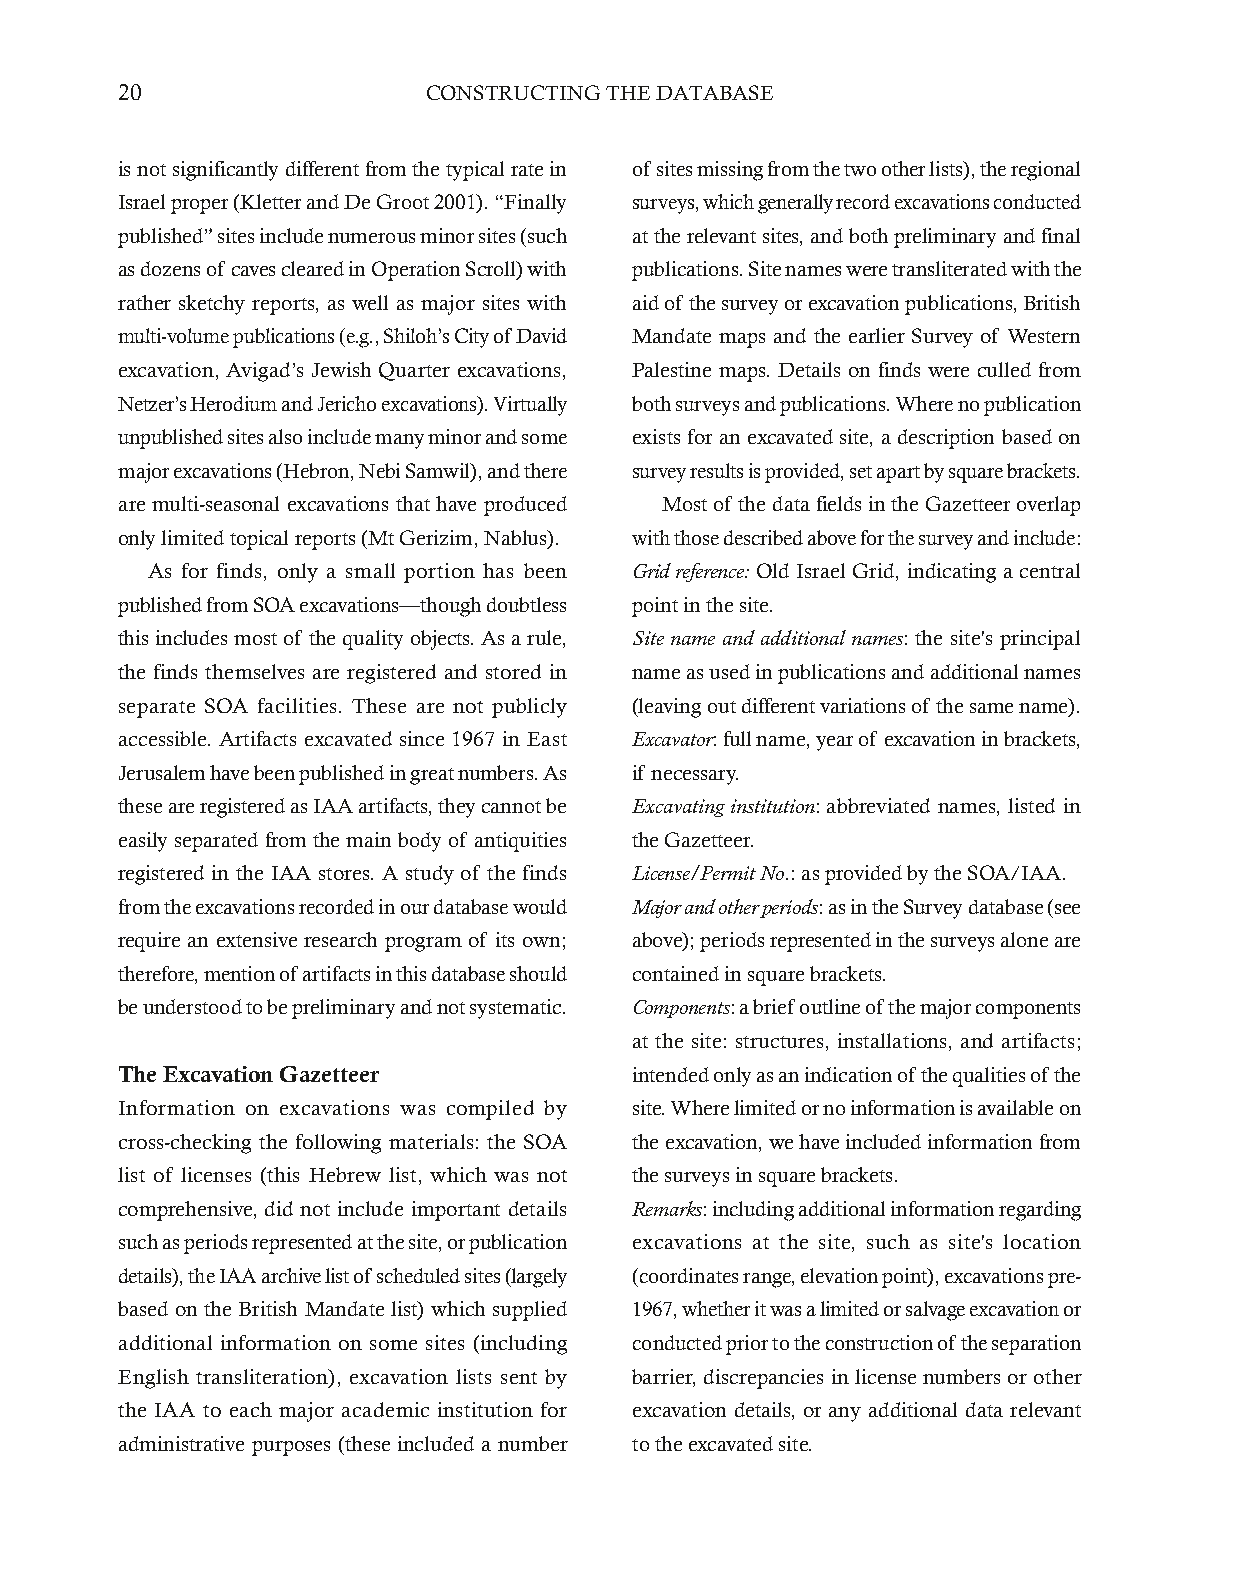
20                  CONSTRUCTING THE DATABASE
 is not significantly different from the typical rate in of sites missing from the two other lists), the regional
 Israel proper (Kletter and De Groot 2001). “Finally surveys, which generally record excavations conducted
 published” sites include numerous minor sites (such at the relevant sites, and both preliminary and final
 as dozens of caves cleared in Operation Scroll) with publications. Site names were transliterated with the
 rather sketchy reports, as well as major sites with aid of the survey or excavation publications, British
 multi-volume publications (e.g., Shiloh’s City of David Mandate maps and the earlier Survey of Western
 excavation, Avigad’s Jewish Quarter excavations, Palestine maps. Details on finds were culled from
 Netzer’s Herodium and Jericho excavations). Virtually both surveys and publications. Where no publication
 unpublished sites also include many minor and some exists for an excavated site, a description based on
 major excavations (Hebron, Nebi Samwil), and there survey results is provided, set apart by square brackets.
 are multi-seasonal excavations that have produced Most of the data fields in the Gazetteer overlap
 only limited topical reports (Mt Gerizim, Nablus). with those described above for the survey and include:
 As for finds, only a small portion has been Grid reference: Old Israel Grid, indicating a central
 published from SOA excavations—though doubtless point in the site.
 this includes most of the quality objects. As a rule, Site name and additional names: the site's principal
 the finds themselves are registered and stored in name as used in publications and additional names
 separate SOA facilities. These are not publicly (leaving out different variations of the same name).
 accessible. Artifacts excavated since 1967 in East Excavator: full name, year of excavation in brackets,
 Jerusalem have been published in great numbers. As if necessary.
 these are registered as IAA artifacts, they cannot be Excavating institution: abbreviated names, listed in
 easily separated from the main body of antiquities the Gazetteer.
 registered in the IAA stores. A study of the finds License/Permit No.: as provided by the SOA/IAA.
 from the excavations recorded in our database would Major and other periods: as in the Survey database (see
 require an extensive research program of its own; above); periods represented in the surveys alone are
 therefore, mention of artifacts in this database should contained in square brackets.
 be understood to be preliminary and not systematic. Components: a brief outline of the major components
 at the site: structures, installations, and artifacts;
 The Excavation Gazetteer          intended only as an indication of the qualities of the
 Information on excavations was compiled by site. Where limited or no information is available on
 cross-checking the following materials: the SOA the excavation, we have included information from
 list of licenses (this Hebrew list, which was not the surveys in square brackets.
 comprehensive, did not include important details Remarks: including additional information regarding
 such as periods represented at the site, or publication excavations at the site, such as site's location
 details), the IAA archive list of scheduled sites (largely (coordinates range, elevation point), excavations pre-
 based on the British Mandate list) which supplied 1967, whether it was a limited or salvage excavation or
 additional information on some sites (including conducted prior to the construction of the separation
 English transliteration), excavation lists sent by barrier, discrepancies in license numbers or other
 the IAA to each major academic institution for excavation details, or any additional data relevant
 administrative purposes (these included a number to the excavated site.